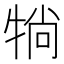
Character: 𤙽